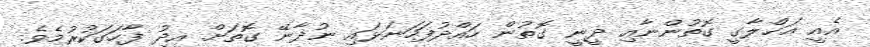
އެއީ އަޚްލާގީ ގޮތުންނާއި ދީނީ ގޮތުން ހައްދުފަހަނަޅައި ނުދާނޭ ގޮތަށް އީދު ފާހަގަކުރުމެވެ.